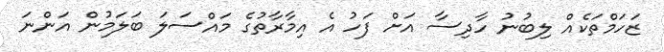
ޒަހަމްތަކެއް ލިބުނު ހާދިސާ އަށް ފަހު އެ އިމާރާތުގެ މައްސަލަ ބަލަމުން އަންނަ